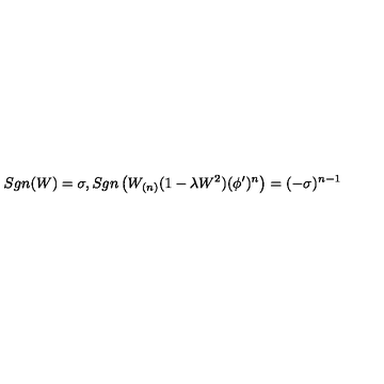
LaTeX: S g n ( W ) = \sigma , S g n \left( W _ { ( n ) } ( 1 - \lambda W ^ { 2 } ) ( \phi ^ { \prime } ) ^ { n } \right) = ( - \sigma ) ^ { n - 1 }